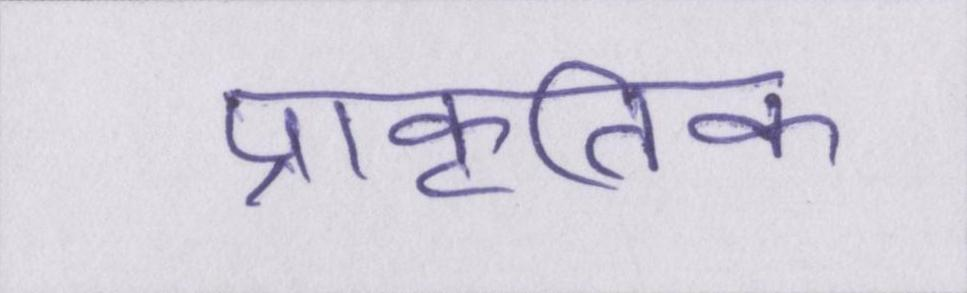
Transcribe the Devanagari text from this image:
प्राकृतिक